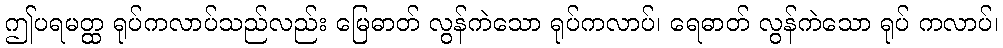
ဤပရမတ္ထ ရုပ်ကလာပ်သည်လည်း မြေဓာတ် လွန်ကဲသော ရုပ်ကလာပ်၊ ရေဓာတ် လွန်ကဲသော ရုပ် ကလာပ်၊